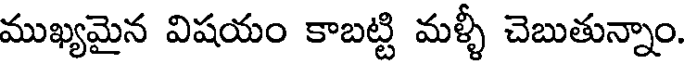
ముఖ్యమైన విషయం కాబట్టి మళ్ళీ చెబుతున్నాం.